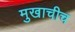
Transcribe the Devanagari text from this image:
मुखाचीच